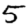
Digit: 5